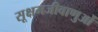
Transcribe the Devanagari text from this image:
सूक्षमजीवाणुओं